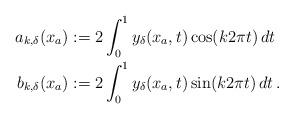
LaTeX: \begin{align*}\begin{aligned}a_{k, \delta}(x_a) &:= 2 \int_{0}^{1} y_\delta(x_a,t)\cos(k 2\pi t)\,dt\\b_{k,\delta}(x_a) &:= 2 \int_{0}^{1} y_\delta(x_a,t)\sin(k 2\pi t)\,dt\,.\end{aligned}\end{align*}